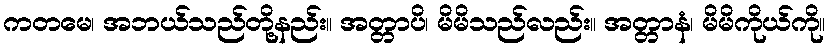
ကတမေ၊ အဘယ်သည်တို့နည်း။ အတ္တာပိ၊ မိမိသည်လည်း။ အတ္တာနံ၊ မိမိကိုယ်ကို။